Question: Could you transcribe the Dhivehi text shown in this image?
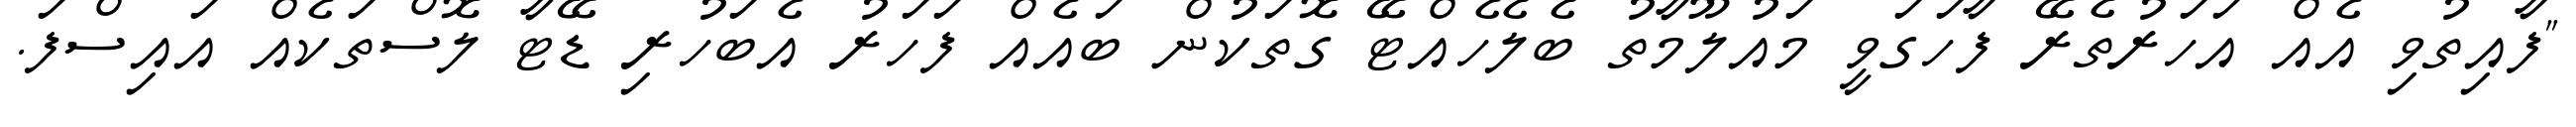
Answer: "ފާއިތުވި އެއް އަހަރުތެރޭ ފާހަގަވީ މައުލޫމާތު ބެލެހެއްޓޭ ގޮތަކުން ބައެއް ފަހަރު އެބަހުރި ޑޭޓާ ލޮސްތަކެއް އައިސްފަ.